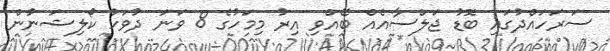
ސަރަހައްދުގައި ބޮޑު ޖަލްސާއެއް ބޭއްވި އިރު މިމަހުގެ 8 ވަނަ ދުވަހު ކޯލިޝަނުން